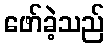
ဖော်ခဲ့သည်